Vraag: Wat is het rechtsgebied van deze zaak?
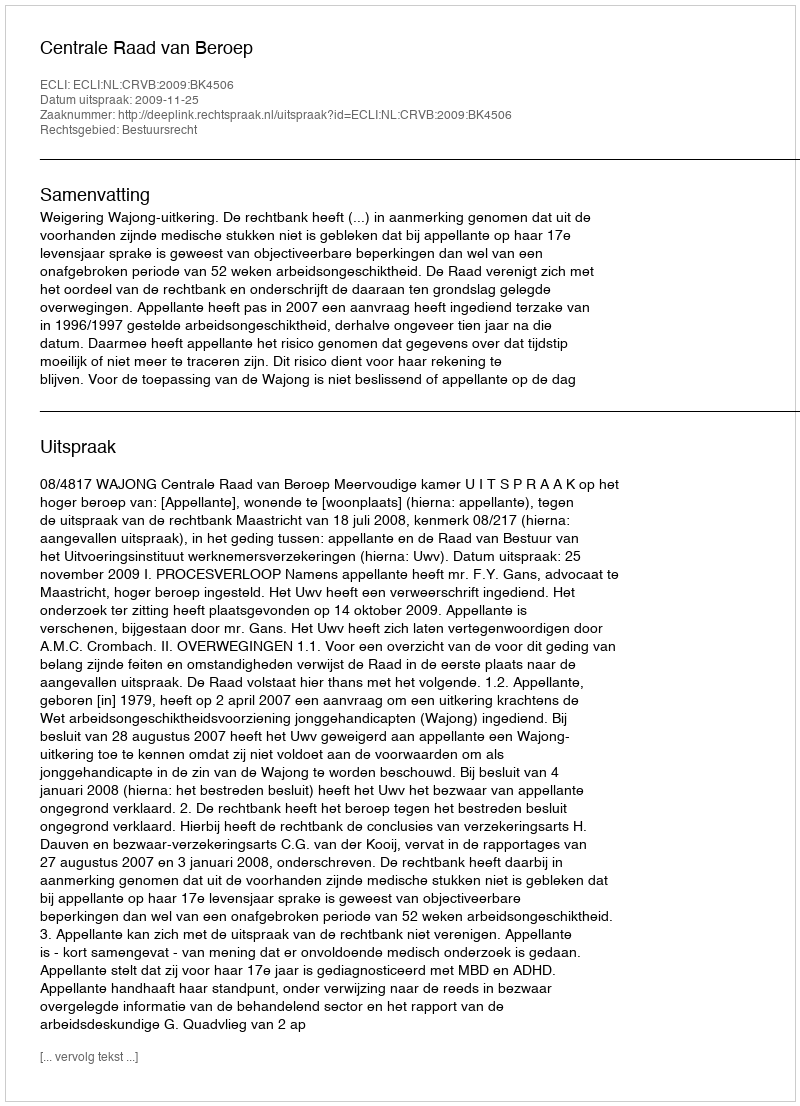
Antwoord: Bestuursrecht